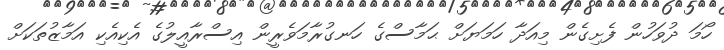
ހޯމަ ދުވަހުން ފެށިގެން މިއަދާ ހަމަޔަށް ޙަމާސްގެ ހަނގުރާމަވެރީން އިސްރާއީލުގެ އެކިއެކި އަމާޒުތަކަށް